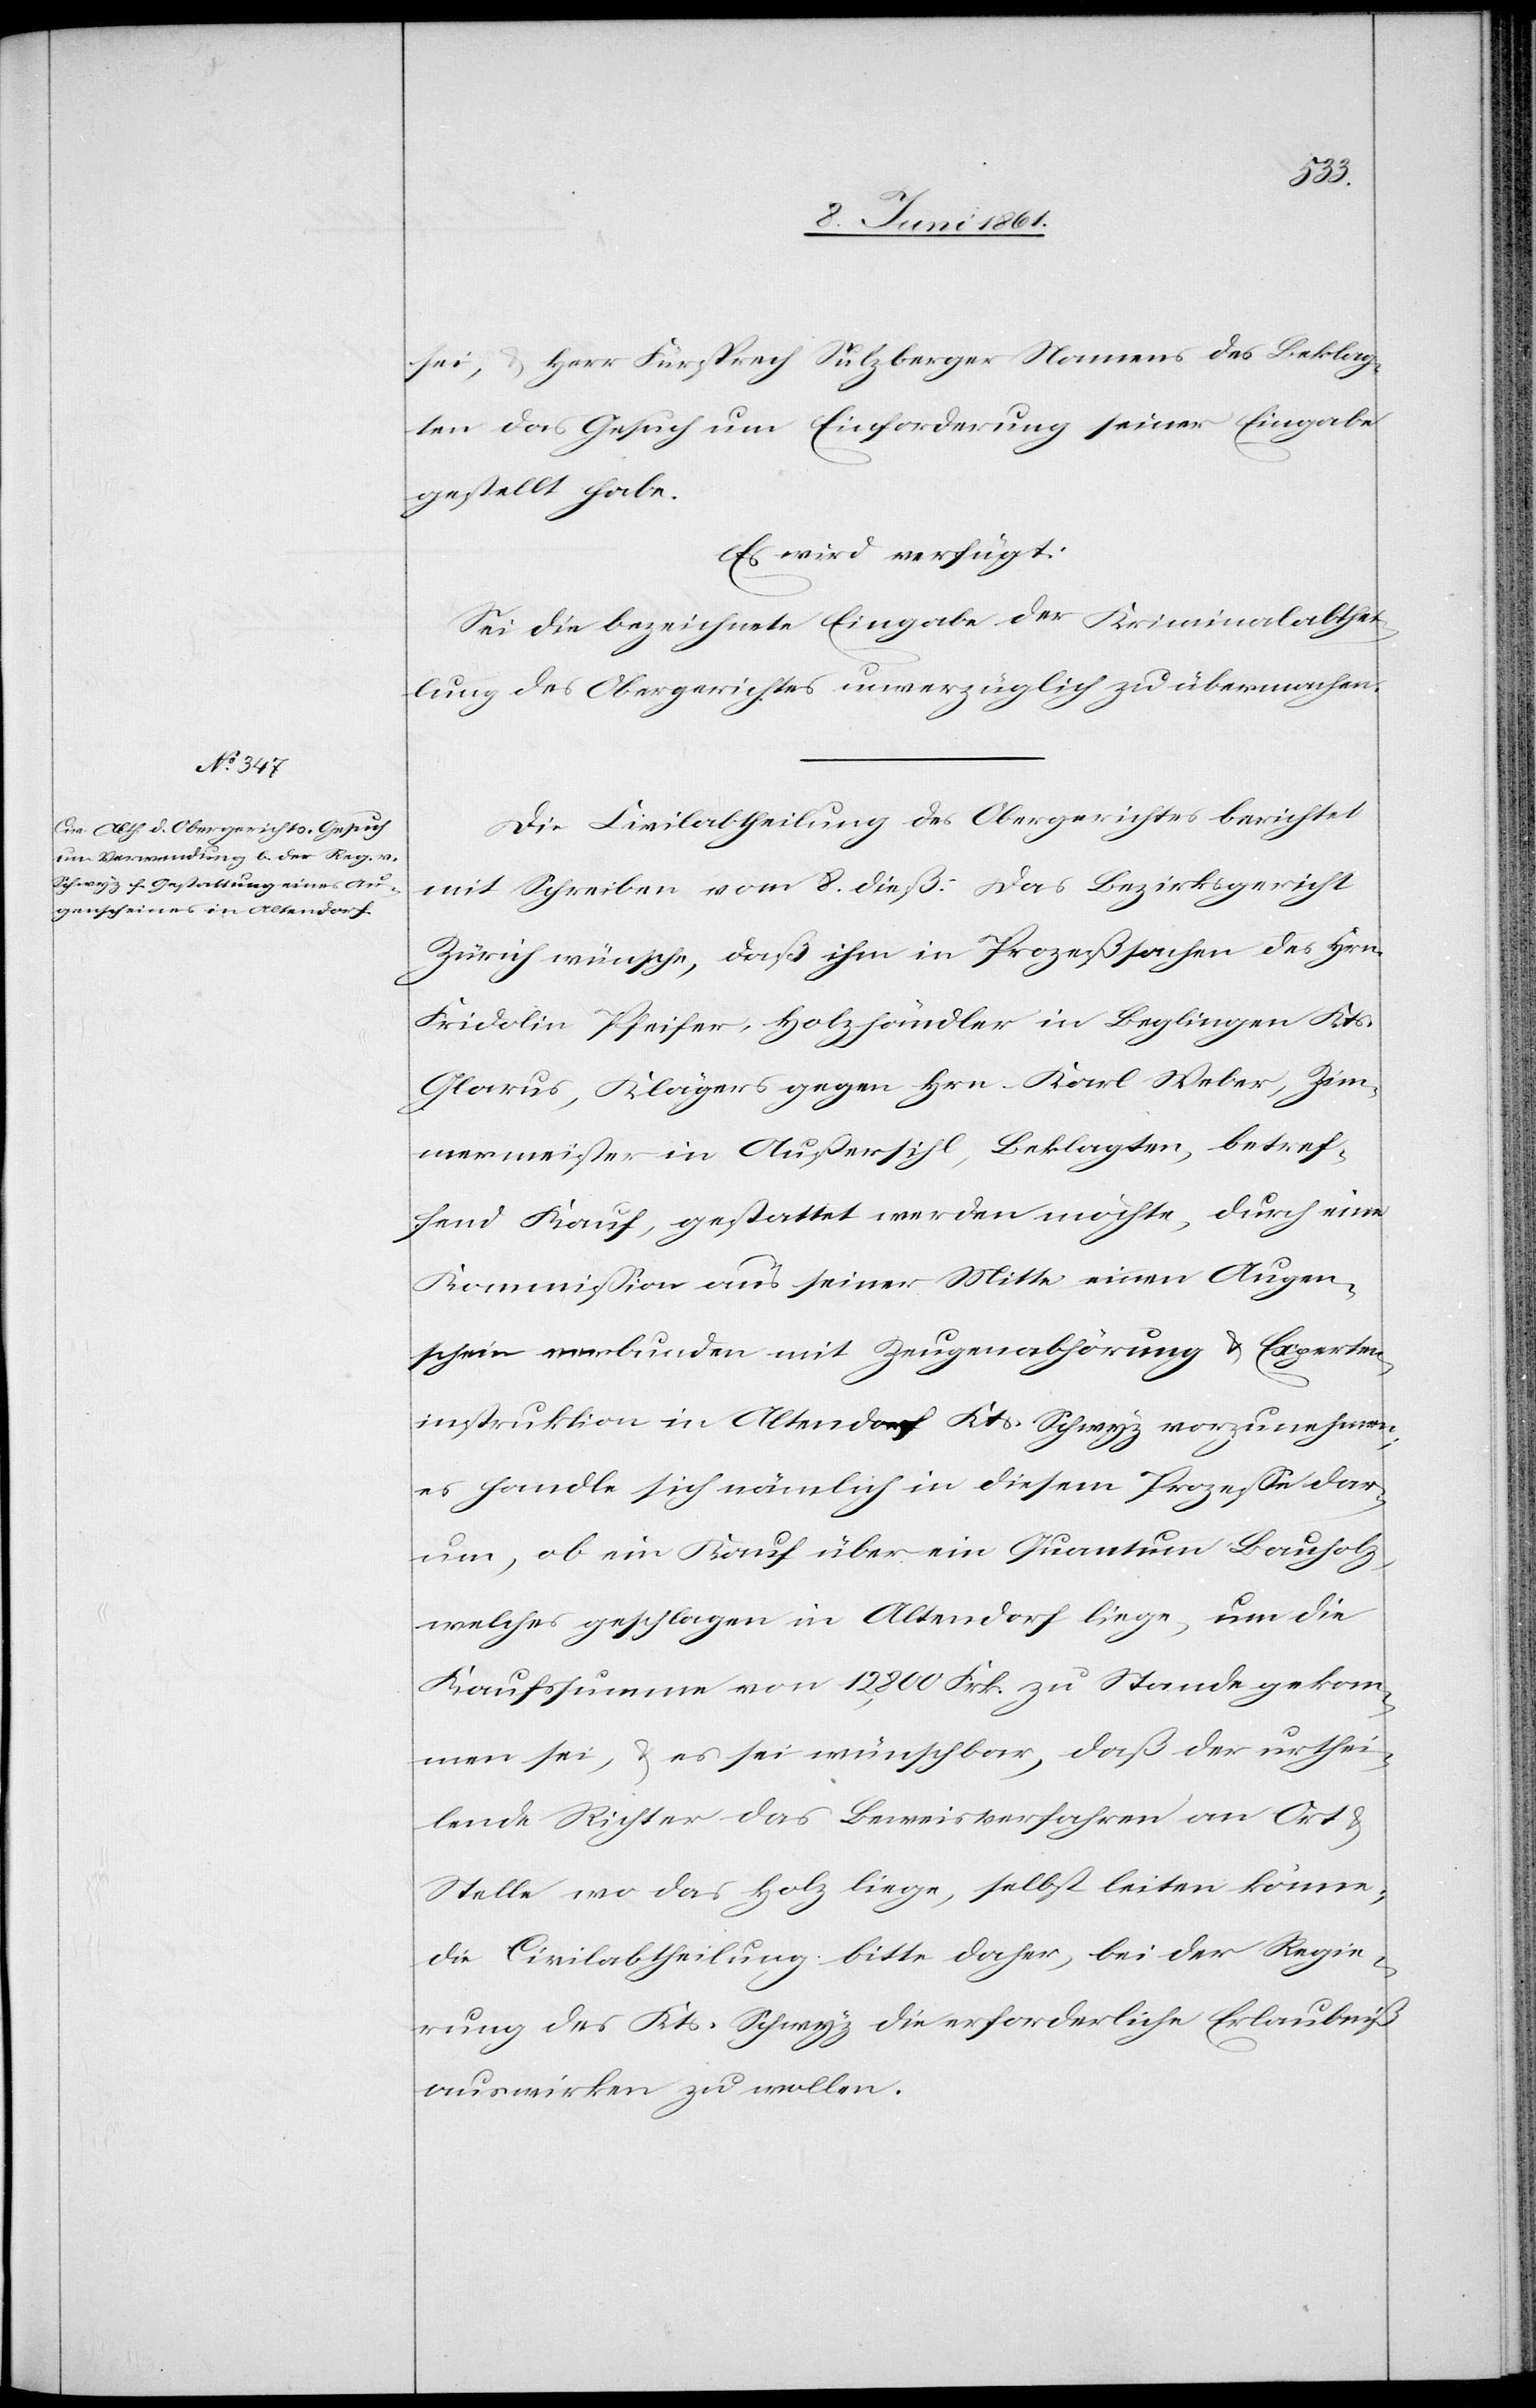
10. Juni 1861.]
sei, u. Herr Fürsprech Sulzberger Namens des Beklag¬
ten das Gesuch um Einforderung seiner Eingabe
gestellt habe.
Es wird verfügt:
Sei die bezeichnete Eingabe der Kriminalabthei¬
lung des Obergerichtes unverzüglich zu übermachen.
Die Civilabtheilung des Obergerichtes berichtet
mit Schreiben vom 8. dieß: Das Bezirksgericht
Zürich wünsche, daß ihm in Prozeßsachen des Hrn.
Fridolin Pfeifer, Holzhändler in Beglingen Kts.
Glarus, Klägers gegen Hrn. Karl Weber, Zim¬
mermeister in Außersihl, Beklagten, betref¬
fend Kauf, gestattet werden möchte, durch eine
Kommission aus seiner Mitte einen Augen¬
schein verbunden mit Zeugenabhörung u. Experten¬
instruktion in Altendorf Kts. Schwyz vorzunehmen;
es handle sich nämlich in diesem Prozess dar¬
um, ob ein Kauf über ein Quantum Bauholz,
welches geschlagen in Altendorf liege, um die
Kaufssumme von 12,800 Frk. zu Stande gekom¬
men sei, u. es sei wünschbar, daß der urthei¬
lende Richter das Beweisverfahren an Ort u.
Stelle wo das Holz liege, selbst leiten könne;
die Civilabtheilung bitte daher, bei der Regie¬
rung des Kts. Schwyz die erforderliche Erlaubniß
auswirken zu wollen.